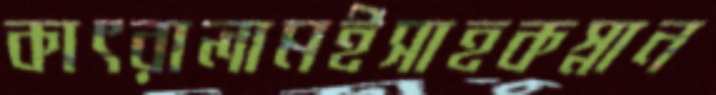
কাৎরালামইসাহকস্নান